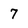
Character: 7